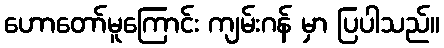
ဟောတော်မူကြောင်း ကျမ်းဂန် မှာ ပြပါသည်။